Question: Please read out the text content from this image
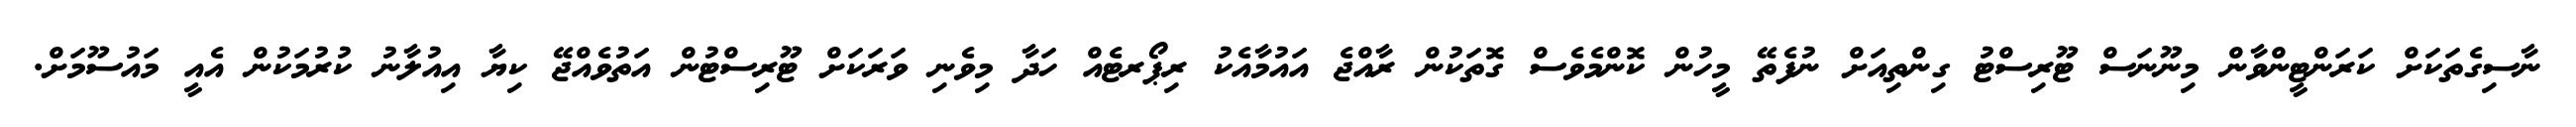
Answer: ނާސިގެތަކަށް ކަރަންޓީންވާން މިނޫނަސް ޓޫރިސްޓު ގިންތިއަށް ނުފެތޭ މީހުން ކޮންމެވެސް ގޮތަކުން ރާއްޖެ އައުމާއެކު ރިޕޯރޓެއް ހަދާ މިވެނި ވަރަކަށް ޓޫރިސްޓުން އަތުވެއްޖޭ ކިޔާ އިއުލާނު ކުރުމަކުން އެއީ މައުސޫމަށް.